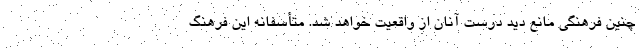
چنین فرهنگی مانع دید درست آنان از واقعیت خواهد شد. متأسفانه این فرهنگ